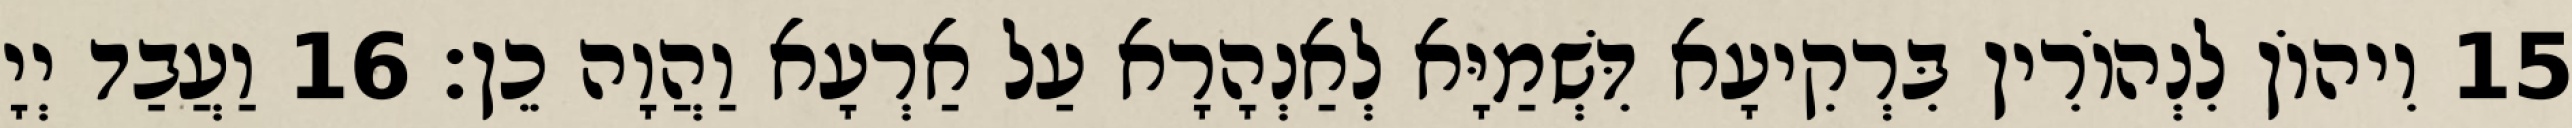
15 וִיהוֹן לִנְהוֹרִין בִּרְקִיעָא דִּשְׁמַיָּא לְאַנְהָרָא עַל אַרְעָא וַהֲוָה כֵן׃ 16 וַעֲבַד יְיָ